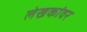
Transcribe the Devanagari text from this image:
लेखकांवर